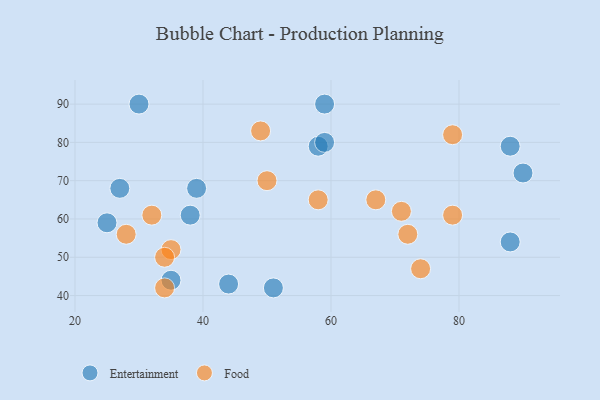
{"axis": {"x": "GDP", "y": "Life Expectancy"}, "legend": ["Entertainment", "Food"], "data": [{"x": "38", "y": 61, "type": "Entertainment"}, {"x": "58", "y": 79, "type": "Entertainment"}, {"x": "27", "y": 68, "type": "Entertainment"}, {"x": "88", "y": 54, "type": "Entertainment"}, {"x": "59", "y": 90, "type": "Entertainment"}, {"x": "51", "y": 42, "type": "Entertainment"}, {"x": "59", "y": 80, "type": "Entertainment"}, {"x": "90", "y": 72, "type": "Entertainment"}, {"x": "88", "y": 79, "type": "Entertainment"}, {"x": "39", "y": 68, "type": "Entertainment"}, {"x": "44", "y": 43, "type": "Entertainment"}, {"x": "25", "y": 59, "type": "Entertainment"}, {"x": "35", "y": 44, "type": "Entertainment"}, {"x": "30", "y": 90, "type": "Entertainment"}, {"x": "35", "y": 52, "type": "Food"}, {"x": "34", "y": 50, "type": "Food"}, {"x": "67", "y": 65, "type": "Food"}, {"x": "34", "y": 42, "type": "Food"}, {"x": "79", "y": 82, "type": "Food"}, {"x": "79", "y": 61, "type": "Food"}, {"x": "72", "y": 56, "type": "Food"}, {"x": "50", "y": 70, "type": "Food"}, {"x": "49", "y": 83, "type": "Food"}, {"x": "74", "y": 47, "type": "Food"}, {"x": "28", "y": 56, "type": "Food"}, {"x": "58", "y": 65, "type": "Food"}, {"x": "71", "y": 62, "type": "Food"}, {"x": "32", "y": 61, "type": "Food"}]}